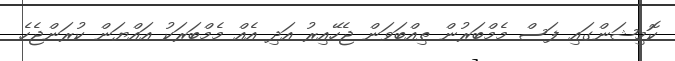
ކޮމިޝަންގައި ފަސް މެމްބަރުން ތިއްބަވަން ޖެހޭއިރު އަދި އެއް މެމްބަރަކު އައްޔަން ކުރަންޖެހެ